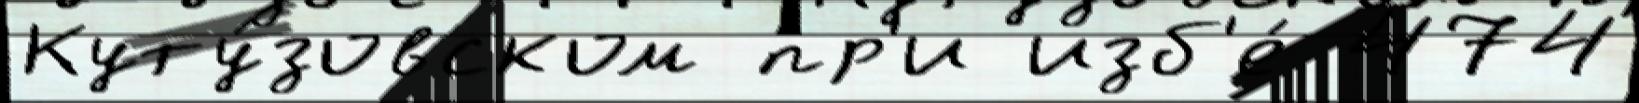
Куту́зовском пр'и изб'е́ 474